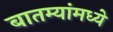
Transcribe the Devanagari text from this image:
बातम्यांमध्ये